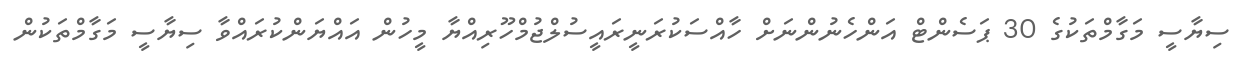
ސިޔާސީ މަގާމްތަކުގެ 30 ޕަސެންޓް އަންހެނުންނަށް ހާއްސަކުރަނީރައީސުލްޖުމްހޫރިއްޔާ މީހުން އައްޔަންކުރައްވާ ސިޔާސީ މަގާމްތަކުން